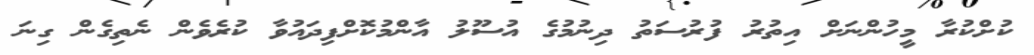
ކުށްކުރާ މީހުންނަށް އިތުރު ފުރުސަތު ދިނުމުގެ އުސޫލު އާންމުކޮށްފިދައުވާ ކުރެވެން ނެތިގެން ގިނަ